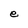
Character: e